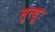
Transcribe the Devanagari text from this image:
मृत्यूः